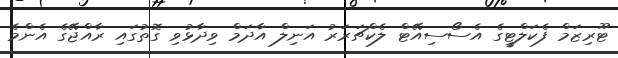
ޓޫރިޒަމް ފެކަލްޓީގެ އެސޯސިއޭޓް ލެކްޗަރަރު އަނިލް އާދަމް ވިދާޅުވި ގޮތުގައި ރާއްޖޭގެ އެންމެ